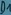
Text: D1